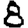
Digit: 8